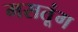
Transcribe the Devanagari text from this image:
मसतूंग